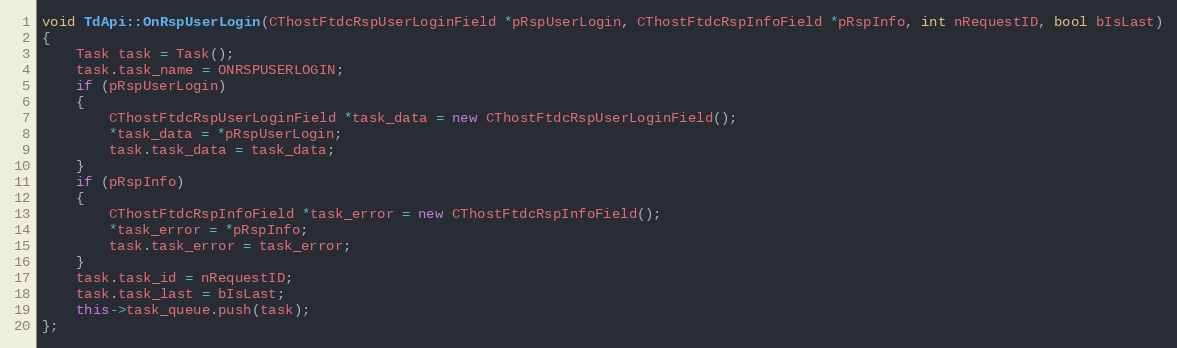
Language: C++
void TdApi::OnRspUserLogin(CThostFtdcRspUserLoginField *pRspUserLogin, CThostFtdcRspInfoField *pRspInfo, int nRequestID, bool bIsLast)
{
	Task task = Task();
	task.task_name = ONRSPUSERLOGIN;
	if (pRspUserLogin)
	{
		CThostFtdcRspUserLoginField *task_data = new CThostFtdcRspUserLoginField();
		*task_data = *pRspUserLogin;
		task.task_data = task_data;
	}
	if (pRspInfo)
	{
		CThostFtdcRspInfoField *task_error = new CThostFtdcRspInfoField();
		*task_error = *pRspInfo;
		task.task_error = task_error;
	}
	task.task_id = nRequestID;
	task.task_last = bIsLast;
	this->task_queue.push(task);
};